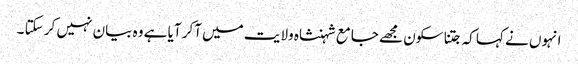
انہوں نے کہا کہ جتنا سکون مجھے جامع شہنشاہ ولایت میں آکر آیا ہے وہ بیان نہیں کر سکتا ۔